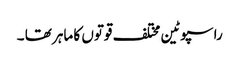
راسپوٹین مختلف قوتوں کا ماہر تھا ۔